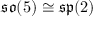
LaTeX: { \mathfrak { s o } } ( 5 ) \cong { \mathfrak { s p } } ( 2 )